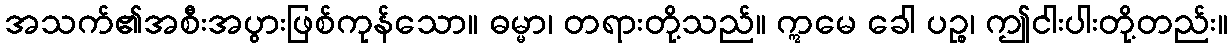
အသက်၏အစီးအပွားဖြစ်ကုန်သော။ ဓမ္မာ၊ တရားတို့သည်။ ဣမေ ခေါ ပဉ္စ၊ ဤငါးပါးတို့တည်း။